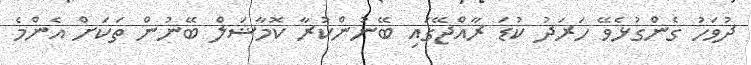
ދުވަހު ގެންގުޅެވޭ ހަރަދު ކުޑަ ރާއްޖޭގައި ބޭނުންކުރާ ކޮމާޝަލް ބޭނުން ތަކަށް އެންމެ